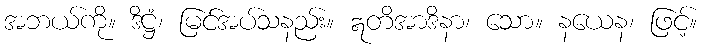
အဘယ်ကို။ ဒိဋ္ဌံ၊ မြင်အပ်သနည်း။ ဣတိအာဒိနာ၊ သော။ နယေန၊ ဖြင့်။